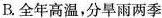
B.全年高温，分旱雨两季